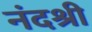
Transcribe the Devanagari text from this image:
नंदश्री